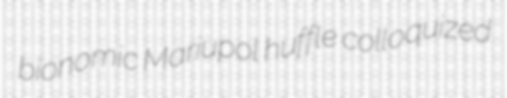
bionomic Mariupol huffle colloquized